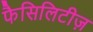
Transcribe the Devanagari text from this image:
फैसिलिटीज़